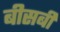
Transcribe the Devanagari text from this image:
बीसबीं